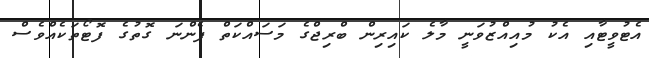
އެޓުވީޓާއި އެކު މުއިއްޒުވަނީ މާލެ ކައިރިން ބްރިޖްގެ މަސައްކަތް ފެންނަ ގޮތުގެ ފޮޓޯތަކެއްވެސް